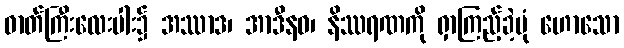
ဓာတ်ကြီးလေးပါး၌ အဿာဒ၊ အာဒီနဝ၊ နိဿရဏကို ရှာကြည့်ခဲ့ပုံ ဟောသော